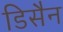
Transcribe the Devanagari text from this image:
डिसैन